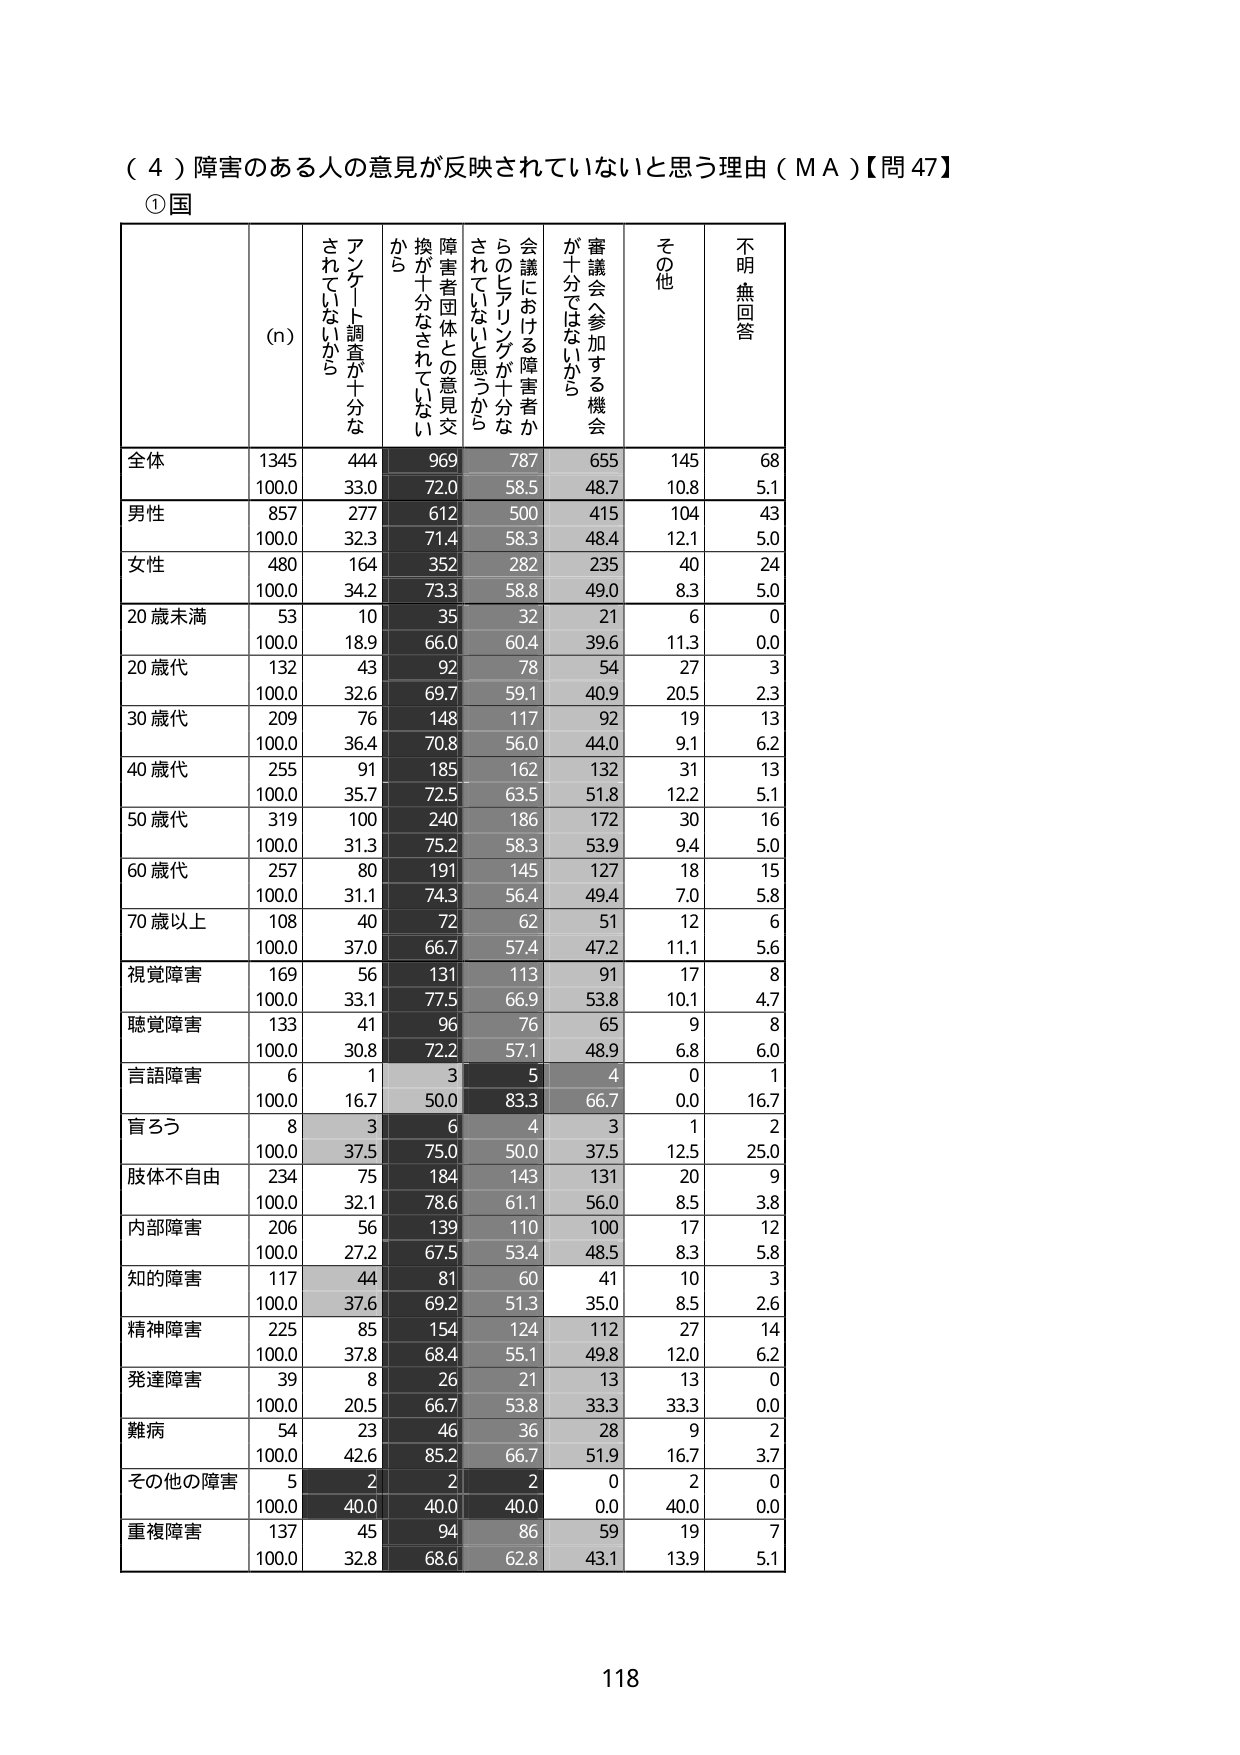
（４）障害のある人の意見が反映されていないと思う理由（ＭＡ）【問47】
①国
(n)
アンケート調査が十分なされていないから
障害者団体との意見交換が十分なされていないから
会議における障害者からのヒアリングが十分なされていないと思うから
審議会へ参加する機会が十分ではないから
その他
不明・無回答
全体
1345
444
969
787
655
145
68
100.0
33.0
72.0
58.5
48.7
10.8
5.1
男性
857
277
612
500
415
104
43
100.0
32.3
71.4
58.3
48.4
12.1
5.0
女性
480
164
352
282
235
40
24
100.0
34.2
73.3
58.8
49.0
8.3
5.0
20歳未満
53
10
35
32
21
6
0
100.0
18.9
66.0
60.4
39.6
11.3
0.0
20歳代
132
43
92
78
54
27
3
100.0
32.6
69.7
59.1
40.9
20.5
2.3
30歳代
209
76
148
117
92
19
13
100.0
36.4
70.8
56.0
44.0
9.1
6.2
40歳代
255
91
185
162
132
31
13
100.0
35.7
72.5
63.5
51.8
12.2
5.1
50歳代
319
100
240
186
172
30
16
100.0
31.3
75.2
58.3
53.9
9.4
5.0
60歳代
257
80
191
145
127
18
15
100.0
31.1
74.3
56.4
49.4
7.0
5.8
70歳以上
108
40
72
62
51
12
6
100.0
37.0
66.7
57.4
47.2
11.1
5.6
視覚障害
169
56
131
113
91
17
8
100.0
33.1
77.5
66.9
53.8
10.1
4.7
聴覚障害
133
41
96
76
65
9
8
100.0
30.8
72.2
57.1
48.9
6.8
6.0
言語障害
6
1
3
5
4
0
1
100.0
16.7
50.0
83.3
66.7
0.0
16.7
盲ろう
8
3
6
4
3
1
2
100.0
37.5
75.0
50.0
37.5
12.5
25.0
肢体不自由
234
75
184
143
131
20
9
100.0
32.1
78.6
61.1
56.0
8.5
3.8
内部障害
206
56
139
110
100
17
12
100.0
27.2
67.5
53.4
48.5
8.3
5.8
知的障害
117
44
81
60
41
10
3
100.0
37.6
69.2
51.3
35.0
8.5
2.6
精神障害
225
85
154
124
112
27
14
100.0
37.8
68.4
55.1
49.8
12.0
6.2
発達障害
39
8
26
21
13
13
0
100.0
20.5
66.7
53.8
33.3
33.3
0.0
難病
54
23
46
36
28
9
2
100.0
42.6
85.2
66.7
51.9
16.7
3.7
その他の障害
5
2
2
2
0
2
0
100.0
40.0
40.0
40.0
0.0
40.0
0.0
重複障害
137
45
94
86
59
19
7
100.0
32.8
68.6
62.8
43.1
13.9
5.1
118